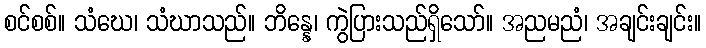
စင်စစ်။ သံဃေ၊ သံဃာသည်။ ဘိန္နေ၊ ကွဲပြားသည်ရှိသော်။ အညမညံ၊ အချင်းချင်း။